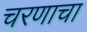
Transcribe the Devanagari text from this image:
चरणाचा